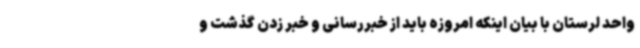
واحد لرستان با بیان اینکه امروزه باید از خبررسانی و خبر زدن گذشت و